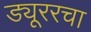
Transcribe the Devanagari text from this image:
ड्यूररचा